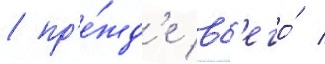
/ пр'е́жд'е вс'его́ /